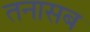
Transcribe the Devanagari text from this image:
तनासब